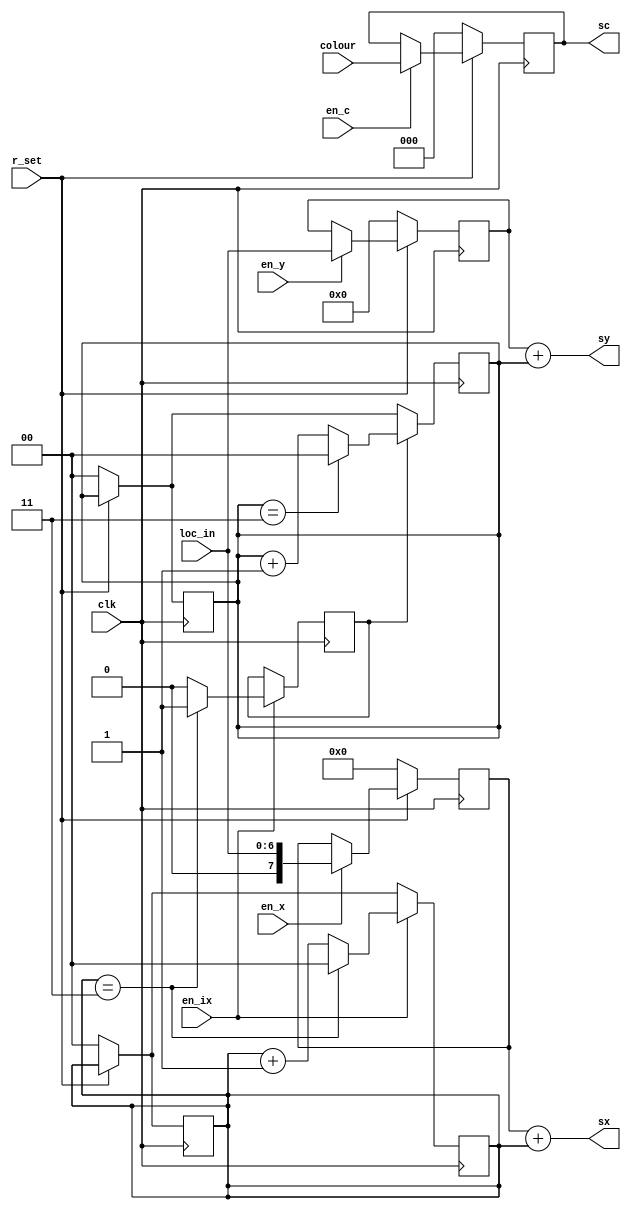
module datapath (colour, clk, loc_in, en_x, en_y, en_c, en_ix, r_set, sx, sy, sc );
		input [6:0] loc_in;
		input [2:0] colour;
		input clk,r_set;
		input en_x, en_y, en_c, en_ix;
		reg en_iy;
		output [7:0] sx;
		output [6:0]sy;
		output [2:0] sc;
		
		reg [7:0] x;
		reg [6:0] y;
		reg [2:0] c;	
		
		always @(posedge clk)
			begin
				if(!r_set)
					begin
						x <= 8'd0;
						y <= 7'd0;
						c <= 3'd0;
					end
				else
					begin
						if(en_x)
							x <= {1'b0, loc_in};
						if(en_y)
							y <= {loc_in};
						if (en_c)
							c <= colour;
					end
			end
	  
	  reg [1:0] ix;
	  reg [1:0] iy;
			
	  always @(posedge clk)
			begin
				if(!r_set)
					begin
						ix <= 2'd0;
						iy <= 2'd0;
					end
				if(en_ix)
					if (ix == 2'b11)
					   begin
							ix <= 2'b00;
							en_iy <= 1'b1;
						end
					else
						begin
							ix <= ix + 2'b01;
							en_iy <= 1'b0;
						end
			end
			
		  always @(posedge clk)
			begin
				if(!r_set)
					begin
						ix <= 2'd0;
						iy <= 2'd0;
					end
				if(en_iy)
					if (iy == 2'b11)
					   begin
							iy <= 2'b00;
						end
					else
						iy <= iy + 2'b01;
			end
			
			assign sx = x + ix;
			assign sy = y + iy;
			assign sc = c;
			
endmodule